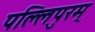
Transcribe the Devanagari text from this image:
पल्लिपुरम्